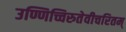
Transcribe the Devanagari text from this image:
उण्णिच्चिरुतेवीचरितम्